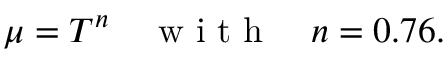
\mu = T ^ { n } \quad \mathrm { ~ w ~ i ~ t ~ h ~ } \quad n = 0 . 7 6 .